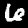
Label: 6